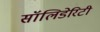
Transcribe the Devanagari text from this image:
सॉलिडेरिटी